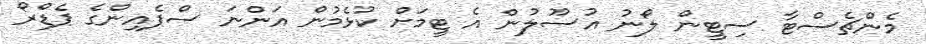
މެންޗެސްޓާ ސިޓީން ލޯނު އުސޫލުން އެ ޓީމަށް ކުޅެމުން އަންނަ ސްޕެއިންގެ ޕެޑްރޯ